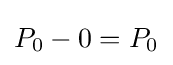
P_{0}-0=P_{0}